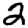
Digit: 2